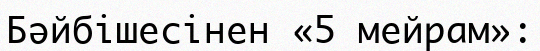
Бәйбішесінен «5 мейрам»: